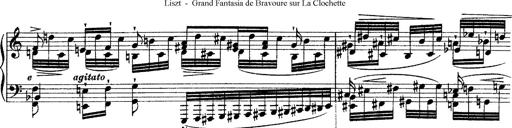
Title: Grande fantasie di bravura sur La clochette
Composer: Franz Liszt
Key: A minor